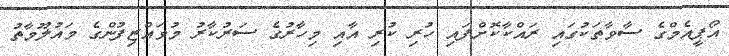
އޯޕީއެމްގެ ސާވާތަކުގައި ރައްކާކޮށްފައި ހުރި ކުރި އާއި މިހާރުގެ ސަރުކާރު މުވައްޒިފުންގެ މައުލޫމާތު